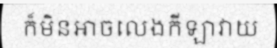
ក៏មិនអាចលេងកីឡាវាយ